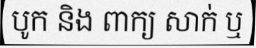
បូក និង ពាក្យ សាក់ ឬ